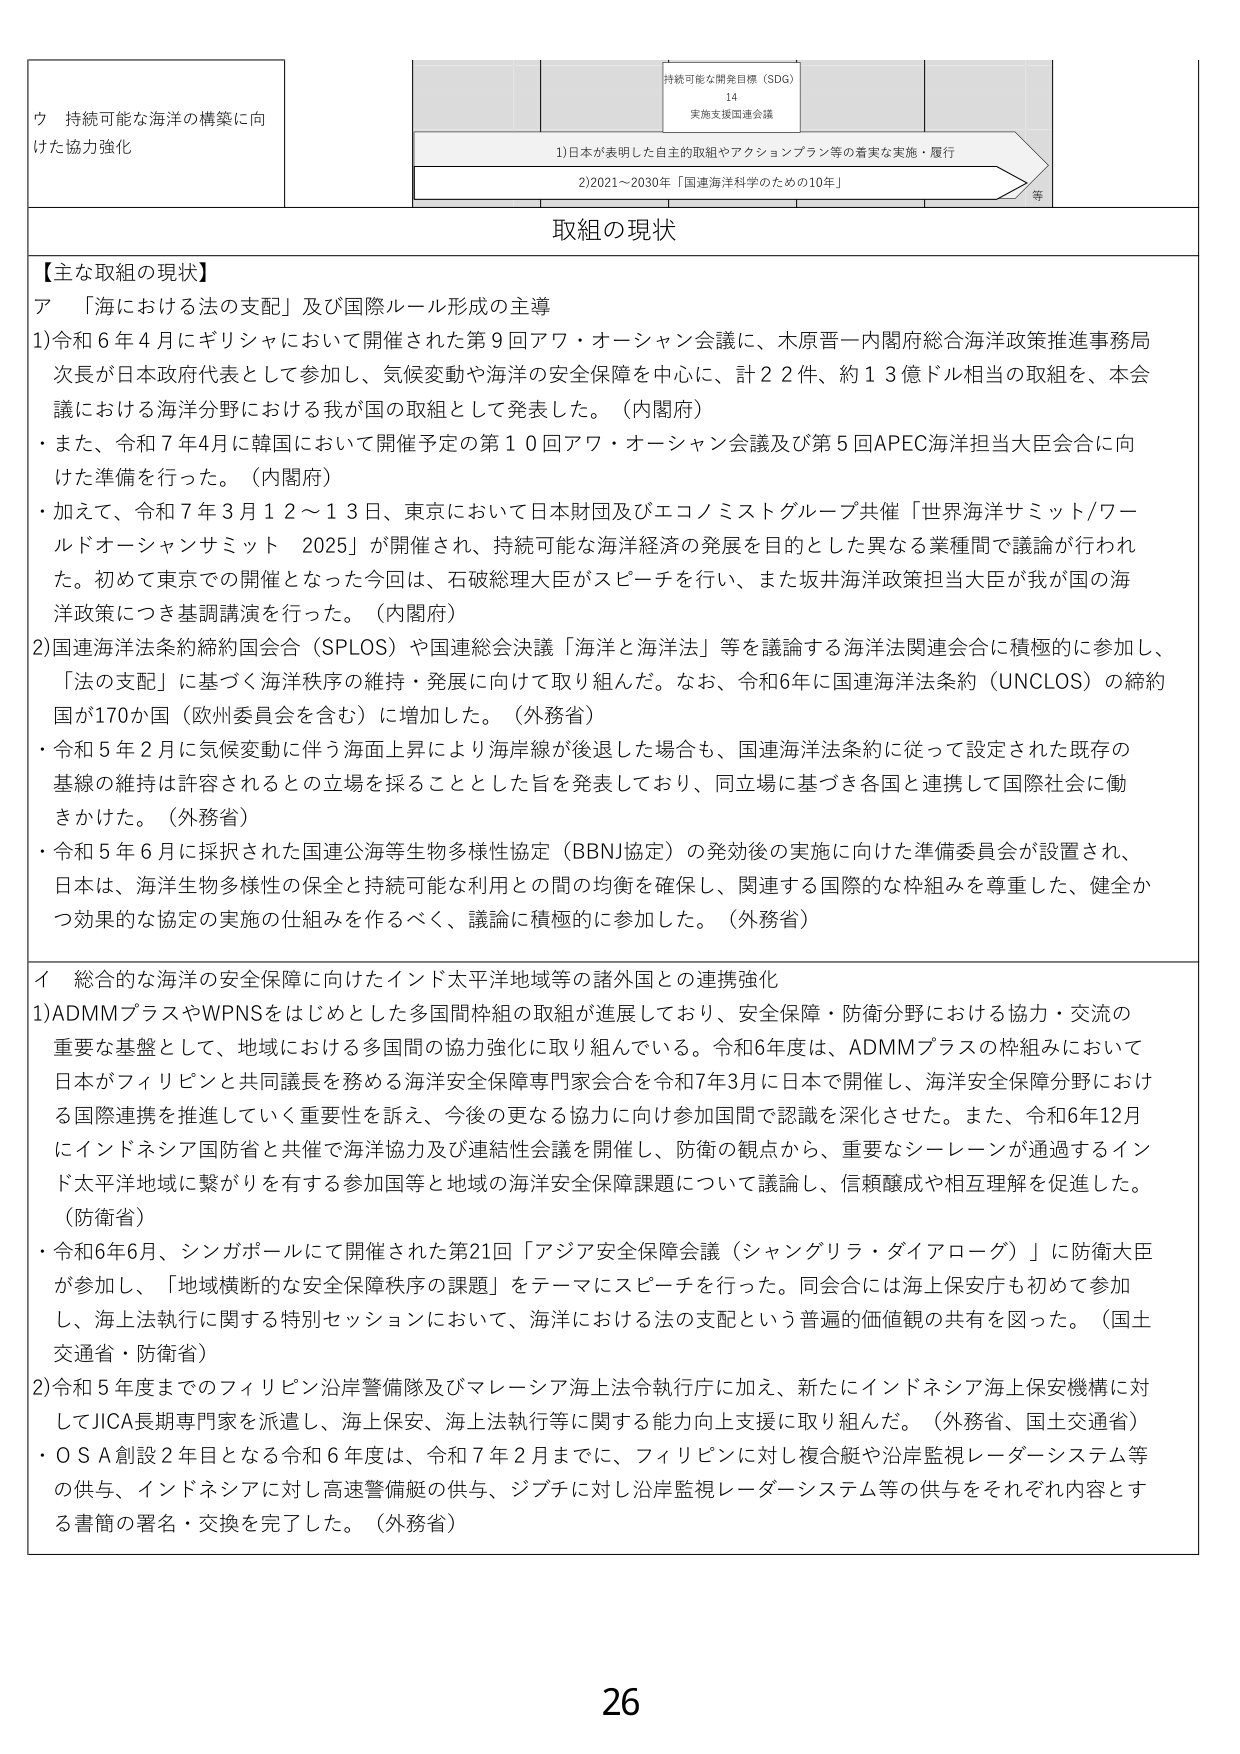
ウ 持続可能な海洋の構築に向
けた協力強化

持続可能な開発目標（SDG）
14
実施支援国連会議

1)日本が表明した自主的取組やアクションプラン等の着実な実施・履行
2)2021～2030年「国連海洋科学のための10年」
等

取組の現状

【主な取組の現状】
ア 「海における法の支配」及び国際ルール形成の主導
1)令和6年4月にギリシャにおいて開催された第9回アワ・オーシャン会議に、木原晋一内閣府総合海洋政策推進事務局
次長が日本政府代表として参加し、気候変動や海洋の安全保障を中心に、計22件、約13億ドル相当の取組を、本会
議における海洋分野における我が国の取組として発表した。（内閣府）
・また、令和7年4月に韓国において開催予定の第10回アワ・オーシャン会議及び第5回APEC海洋担当大臣会合に向
けた準備を行った。（内閣府）
・加えて、令和7年3月12～13日、東京において日本財団及びエコノミストグループ共催「世界海洋サミット/ワー
ルドオーシャンサミット 2025」が開催され、持続可能な海洋経済の発展を目的とした異なる業種間で議論が行われ
た。初めて東京での開催となった今回は、石破総理大臣がスピーチを行い、また坂井海洋政策担当大臣が我が国の海
洋政策につき基調講演を行った。（内閣府）
2)国連海洋法条約締約国会合（SPLoS）や国連総会決議「海洋と海洋法」等を議論する海洋法関連会合に積極的に参加し、
「法の支配」に基づく海洋秩序の維持・発展に向けて取り組んだ。なお、令和6年に国連海洋法条約（UNCLOS）の締約
国が170か国（欧州委員会を含む）に増加した。（外務省）
・令和5年2月に気候変動に伴う海面上昇により海岸線が後退した場合も、国連海洋法条約に従って設定された既存の
基線の維持は許容されるとの立場を採ることとした旨を発表しており、同立場に基づき各国と連携して国際社会に働
きかけた。（外務省）
・令和5年6月に採択された国連公海等生物多様性協定（BBNJ協定）の発効後の実施に向けた準備委員会が設置され、
日本は、海洋生物多様性の保全と持続可能な利用との間の均衡を確保し、関連する国際的な枠組みを尊重した、健全か
つ効果的な協定の実施の仕組みを作るべく、議論に積極的に参加した。（外務省）

イ 総合的な海洋の安全保障に向けたインド太平洋地域等の諸外国との連携強化
1)ADMMプラスやWPNSをはじめとした多国間枠組の取組が進展しており、安全保障・防衛分野における協力・交流の
重要な基盤として、地域における多国間の協力強化に取り組んでいる。令和6年度は、ADMMプラスの枠組みにおいて
日本がフィリピンと共同議長を務める海洋安全保障専門家会合を令和7年3月に日本で開催し、海洋安全保障分野におけ
る国際連携を推進していく重要性を訴え、今後の更なる協力に向け参加国間で認識を深化させた。また、令和6年12月
にインドネシア国防省と共催で海洋協力及び連結性会議を開催し、防衛の観点から、重要なシーレーンが通過するイン
ド太平洋地域に繋がりを有する参加国等と地域の海洋安全保障課題について議論し、信頼醸成や相互理解を促進した。
（防衛省）
・令和6年6月、シンガポールにて開催された第21回「アジア安全保障会議（シャングリラ・ダイアローグ）」に防衛大臣
が参加し、「地域横断的な安全保障秩序の課題」をテーマにスピーチを行った。同会合には海上保安庁も初めて参加
し、海上法執行に関する特別セッションにおいて、海洋における法の支配という普遍的価値観の共有を図った。（国土
交通省・防衛省）
2)令和5年度までのフィリピン沿岸警備隊及びマレーシア海上法令執行庁に加え、新たにインドネシア海上保安機構に対
してJICA長期専門家を派遣し、海上保安、海上法執行等に関する能力向上支援に取り組んだ。（外務省、国土交通省）
・OSA創設2年目となる令和6年度は、令和7年2月までに、フィリピンに対し複合艇や沿岸監視レーダーシステム等
の供与、インドネシアに対し高速警備艇の供与、ジブチに対し沿岸監視レーダーシステム等の供与をそれぞれ内容とす
る書簡の署名・交換を完了した。（外務省）

26